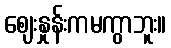
ဈေးနှုန်းကမကွာဘူး။